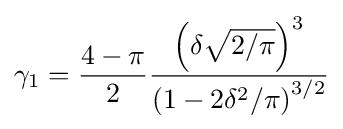
\gamma _{1}={\frac {4-\pi }{2}}{\frac {\left(\delta {\sqrt {2/\pi }}\right)^{3}}{\left(1-2\delta ^{2}/\pi \right)^{3/2}}}